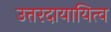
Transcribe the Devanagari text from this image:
उत्तरदायायित्व